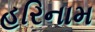
હરિનામ